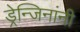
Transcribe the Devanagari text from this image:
ड्रेन्जिनांनी